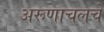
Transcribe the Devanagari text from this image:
अरूणाचलचे